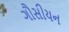
ગૌસીયન